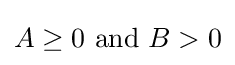
A\geq 0{\mbox{ and }}B>0